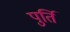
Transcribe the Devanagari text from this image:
पुर्ति